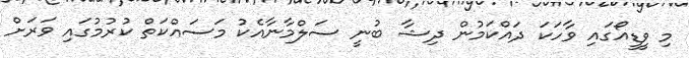
މި ވީޑީއޯގައި ވާހަކަ ދައްކަމުން ދިޝާ ބުނީ ސަލްމާނާއެކު މަސައްކަތް ކުރުމުގައި ވަރަށް